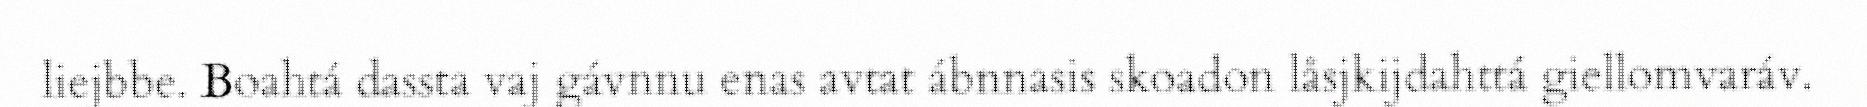
liejbbe. Boahtá dassta vaj gávnnu enas avtat ábnnasis skoadon låsjkijdahttá giellomvaráv.